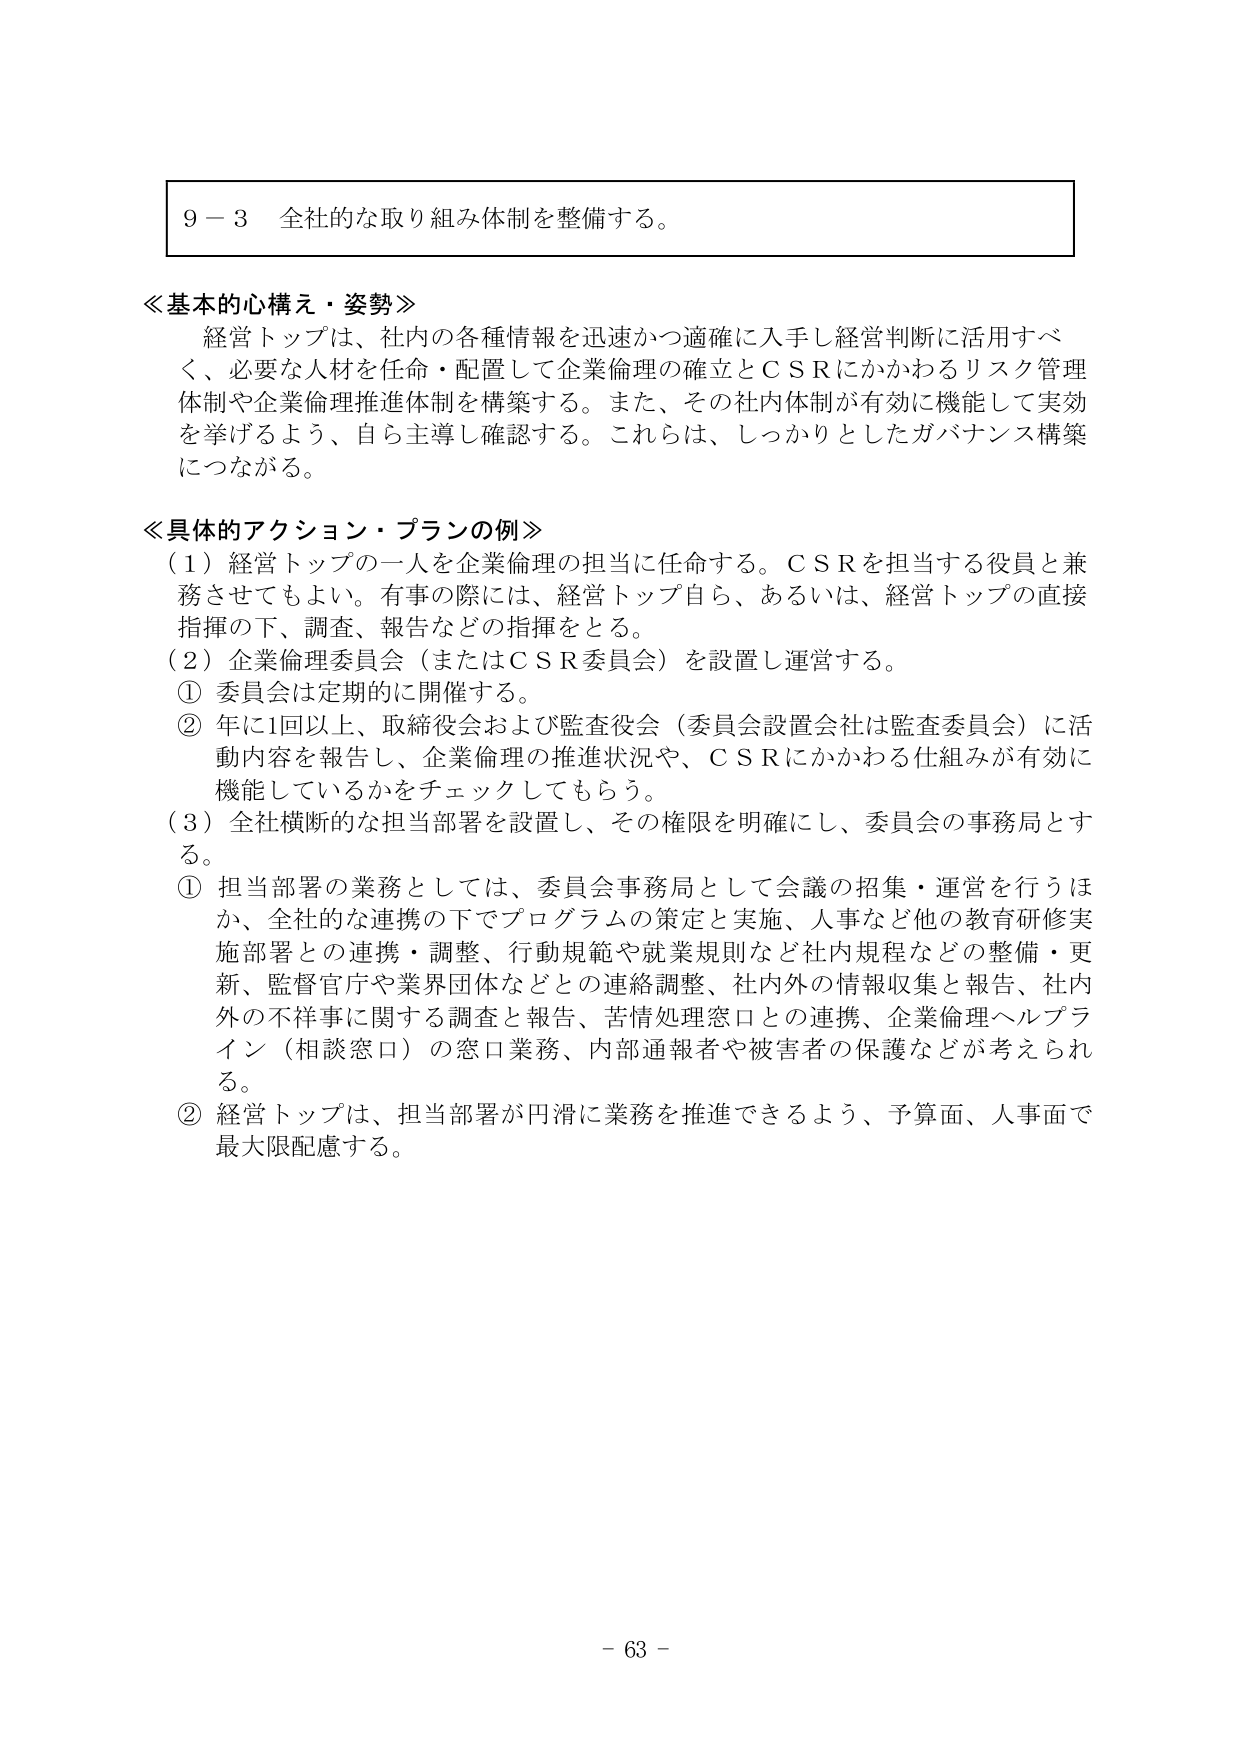
9－3 全社的な取り組み体制を整備する。

≪基本的心構え・姿勢≫
経営トップは、社内の各種情報を迅速かつ適確に入手し経営判断に活用すべ
く、必要な人材を任命・配置して企業倫理の確立とＣＳＲにかかわるリスク管理
体制や企業倫理推進体制を構築する。また、その社内体制が有効に機能して実効
を挙げるよう、自ら主導し確認する。これらは、しっかりとしたガバナンス構築
につながる。

≪具体的アクション・プランの例≫
（1）経営トップの一人を企業倫理の担当に任命する。ＣＳＲを担当する役員と兼
務させてもよい。有事の際には、経営トップ自ら、あるいは、経営トップの直接
指揮の下、調査、報告などの指揮をとる。
（2）企業倫理委員会（またはＣＳＲ委員会）を設置し運営する。
① 委員会は定期的に開催する。
② 年に1回以上、取締役会および監査役会（委員会設置会社は監査委員会）に活
動内容を報告し、企業倫理の推進状況や、ＣＳＲにかかわる仕組みが有効に
機能しているかをチェックしてもらう。
（3）全社横断的な担当部署を設置し、その権限を明確にし、委員会の事務局とす
る。
① 担当部署の業務としては、委員会事務局として会議の招集・運営を行うほ
か、全社的な連携の下でプログラムの策定と実施、人事など他の教育研修実
施部署との連携・調整、行動規範や就業規則など社内規程などの整備・更
新、監督官庁や業界団体などとの連絡調整、社内外の情報収集と報告、社内
外の不祥事に関する調査と報告、苦情処理窓口との連携、企業倫理ヘルプラ
イン（相談窓口）の窓口業務、内部通報者や被害者の保護などが考えられ
る。
② 経営トップは、担当部署が円滑に業務を推進できるよう、予算面、人事面で
最大限配慮する。

－ 63 －